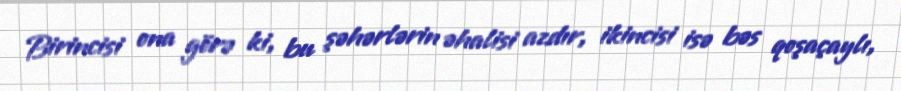
Birincisi ona görə ki, bu şəhərlərin əhalisi azdır, ikincisi isə bəs qoşaçaylı,